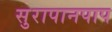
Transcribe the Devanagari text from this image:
सुरापानपाप